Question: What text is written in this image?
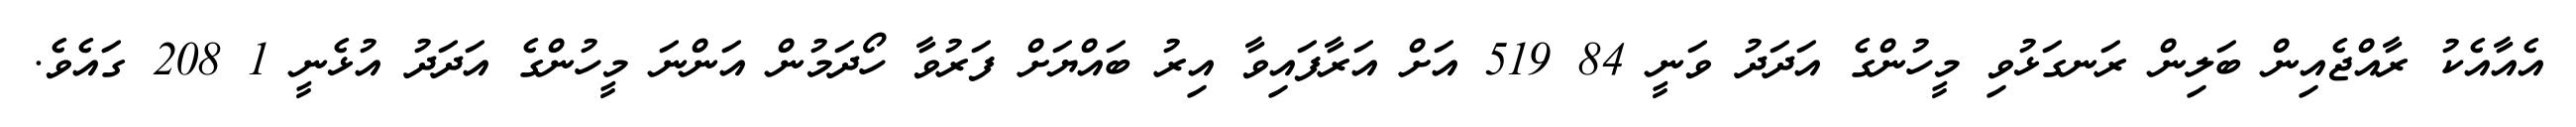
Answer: އެއާއެކު ރާއްޖެއިން ބަލިން ރަނގަޅުވި މީހުންގެ އަދަދު ވަނީ 84 519 އަށް އަރާފައިވާ އިރު ބައްޔަށް ފަރުވާ ހޯދަމުން އަންނަ މީހުންގެ އަދަދު އުޅެނީ 1 208 ގައެވެ.